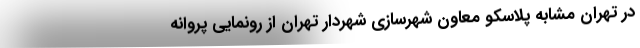
در تهران مشابه پلاسکو معاون شهرسازی شهردار تهران از رونمایی پروانه